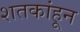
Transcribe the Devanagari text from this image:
शतकांहून